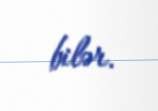
bilər.